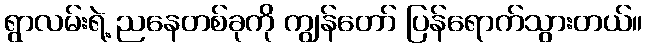
ရွာလမ်းရဲ့ ညနေတစ်ခုကို ကျွန်တော် ပြန်ရောက်သွားတယ်။